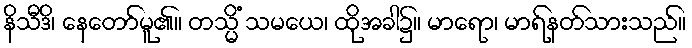
နိသီဒိ၊ နေတော်မူ၏။ တသ္မိံ သမယေ၊ ထိုအခါ၌။ မာရော၊ မာရ်နတ်သားသည်။